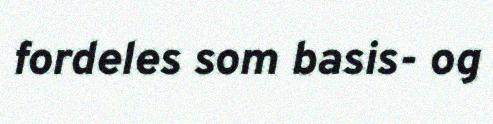
fordeles som basis- og